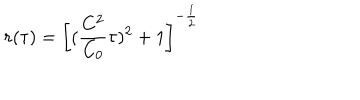
LaTeX: r ( \tau ) = \left[ ( \frac { C ^ { 2 } } { C _ { 0 } } \tau ) ^ { 2 } + 1 \right] ^ { - \frac { 1 } { 2 } }